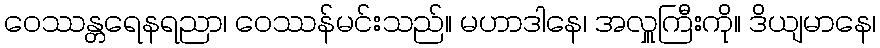
ဝေဿန္တရေနရညာ၊ ဝေဿန်မင်းသည်။ မဟာဒါနေ၊ အလှူကြီးကို။ ဒိယျမာနေ၊